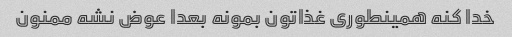
خدا کنه همینطوری غذاتون بمونه بعدا عوض نشه ممنون